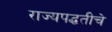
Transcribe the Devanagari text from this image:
राज्यपद्धतीचे